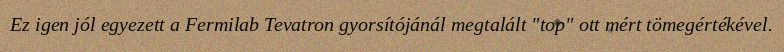
Ez igen jól egyezett a Fermilab Tevatron gyorsítójánál megtalált "top" ott mért tömegértékével.